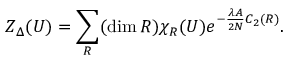
{ \cal Z } _ { \Delta } ( U ) = \sum _ { R } ( \dim R ) \chi _ { R } ( U ) e ^ { - \frac { \lambda A } { 2 N } C _ { 2 } ( R ) } .